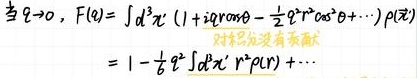
当 $q \to 0$, $F(q)=\int d^{3}x\ (1 + iq r \cos\theta-\frac{1}{2}q^{2}r^{2}\cos^{2}\theta+\cdots)\rho(\vec{r})$
$=1-\frac{1}{6}q^{2}\int d^{3}x\ r^{2}\rho(\vec{r})+\cdots$